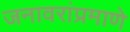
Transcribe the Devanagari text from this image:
जनावरांप्रमाणे